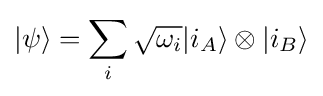
|\psi \rangle =\sum _{i}{\sqrt {\omega _{i}}}|i_{A}\rangle \otimes |i_{B}\rangle